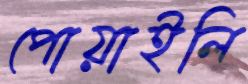
পোয়াইলি